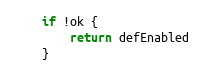
Language: Go
	if !ok {
		return defEnabled
	}